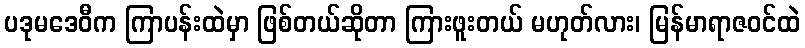
ပဒုမဒေဝီက ကြာပန်းထဲမှာ ဖြစ်တယ်ဆိုတာ ကြားဖူးတယ် မဟုတ်လား၊ မြန်မာရာဇဝင်ထဲ